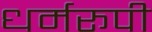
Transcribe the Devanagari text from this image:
धर्मरूपी